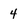
Character: 4